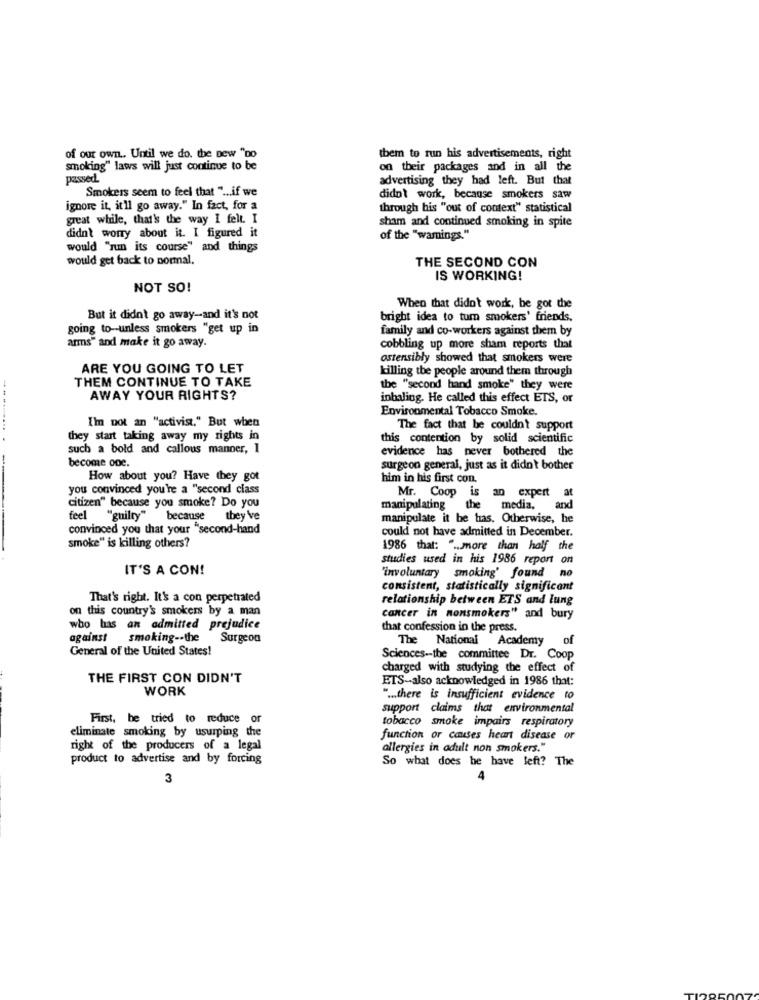
of our own. Until we do. the pew "Do
them to run his advertisements, right
smoking" laws will just continue to be
on their packages and in all the
passed.
advertising they had left. But that
Smokers seem to feel that " ... if we
didn't work, because smokers saw
ignore it, it'll go away." In fact, for a
through his "out of context" statistical
great while, that's the way I felt. I
sham and continued smoking in spite
didn't worry about it. I figured it
of the "warnings."
would "run its course" and things
would get back to normal.
THE SECOND CON
IS WORKING!
NOT SO!
When that didn't work, he got the
But it didnt go away-and it's not
bright idea to tum smokers' friends.
going to-unless smokers "get up in
family and co-workers against them by
arms" and make it go away.
cobbling up more sham reports that
ostensibly showed that smokers were
ARE YOU GOING TO LET
killing the people around them through
THEM CONTINUE TO TAKE
the "second hand smoke" they were
AWAY YOUR RIGHTS?
inhaling. He called this effect ETS, or
Environmental Tobacco Smoke.
I'm not an "activist." But when
-- ........
The fact that be couldn't support
they start taking away my rights in
this contention by solid scientific
such a bold and callous manner, I
evidence has never bothered the
become one.
--
surgeon general, just as it didn't bother
How about you? Have they got
him in his first con.
you convinced you're a "second class
citizen" because you smoke? Do you
Mr. Coop is
an expert at
manipulating the
media,
and
feel "guilty" because they've
manipulate it be tias. Otherwise, he
convinced you that your "second-hand
smoke" is killing others?
could not have admitted in December.
1986 that: " .. more than half the
studies used in his 1986 report on
IT'S A CON!
"involuntary smoking' found no
consistent, statistically significant
That's right. It's a con perpetrated
relationship between ETS and lung
on this country's smokers by a man
cancer in nonsmokers" and bury
who has an admitted prejudice
that confession in the press.
against smoking -- the Surgeon
The National Academy
of
General of the United States!
Sciences -- the committee Dr. Coop
charged with studying the effect of
THE FIRST CON DIDN'T
ETS-also acknowledged in 1986 that:
WORK
" ... there is insufficient evidence to
support claims that environmental
First, he tried to reduce or
tobacco smoke impairs respiratory
eliminate smoking by usurping the
function or causes heart disease or
right of the producers of a legal
allergies in adult non smokers."
product to advertise and by forcing
So what does he have left? The
3